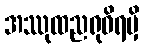
အဿုထညရုဓိရမှိ